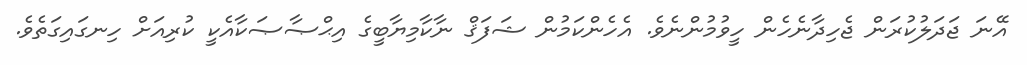
އޭނަ ޖަދަލުކުރަން ޖެހިދާނެހެން ހީވުމުންނެވެ. އެހެންކަމުން ޝަފަޤް ނާކާމިޔާބީގެ އިޙްޞާޞަކާއެކީ ކުރިއަށް ހިނގައިގަތެވެ.